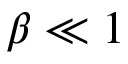
\beta \ll 1